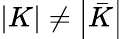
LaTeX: \left|K\right|\neq\left|\bar{K}\right|